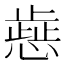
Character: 𢡬